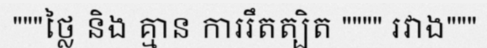
"""ថ្លៃ និង គ្មាន ការរឹតត្បិត """" រវាង"""